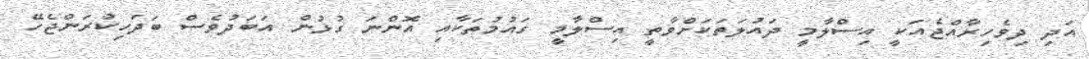
އަދި ދިވެހިރާއްޖެއަކީ އިސްލާމީ ދައުލަތަކަށްވާތީ އިސްލާމީ ގައުމުތަކާއި އޮންނަ ގުޅުން އަބަދުވެސް ބަދަހިކުރަންޖެހޭ